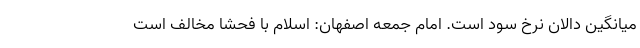
میانگین دالان نرخ سود است. امام جمعه اصفهان: اسلام با فحشا مخالف است